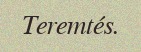
Teremtés.